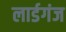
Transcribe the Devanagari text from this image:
लार्डगंज